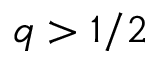
q > 1 / 2